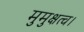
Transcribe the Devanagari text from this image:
मुमुक्षत्व।